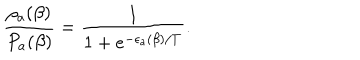
LaTeX: \frac { \rho _ { a } ( \beta ) } { P _ { a } ( \beta ) } = \frac { 1 } { 1 + e ^ { - \epsilon _ { a } ( \beta ) / T } } .